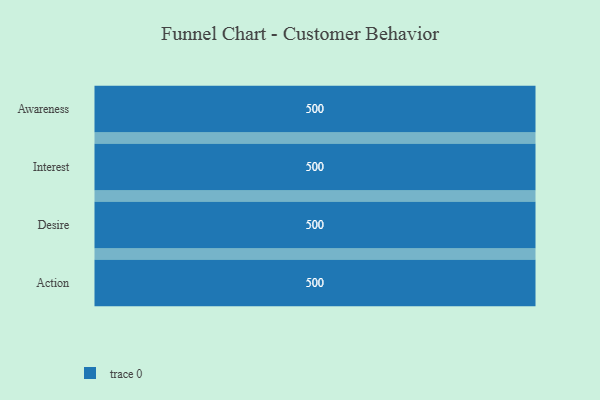
{"axis": {"x": "Stage", "y": "Value"}, "legend": [""], "data": [{"x": "Awareness", "y": 500, "type": ""}, {"x": "Interest", "y": 500, "type": ""}, {"x": "Desire", "y": 500, "type": ""}, {"x": "Action", "y": 500, "type": ""}]}